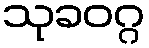
သုခဝဂ္ဂ